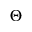
\Theta